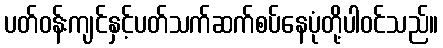
ပတ်ဝန်းကျင်နှင့်ပတ်သက်ဆက်စပ်နေပုံတို့ပါဝင်သည်။